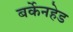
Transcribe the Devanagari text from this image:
बर्केनहेड